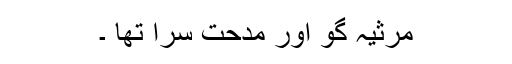
مرثیہ گو اور مدحت سرا تھا ۔